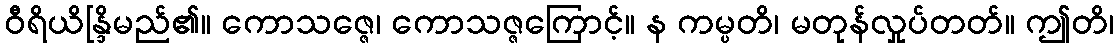
ဝီရိယိန္ဒြိမည်၏။ ကောသဇ္ဇေ၊ ကောသဇ္ဇကြောင့်။ န ကမ္ပတိ၊ မတုန်လှုပ်တတ်။ ဤတိ၊